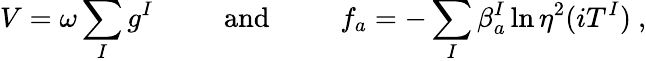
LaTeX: V=\omega\sum_{I}g^{I}~~~~~~~~~~\mathrm{and}~~~~~~~~~~f_{a}=-\sum_{I}\beta_{a}^{I}\ln\eta^{2}(iT^{I})~,